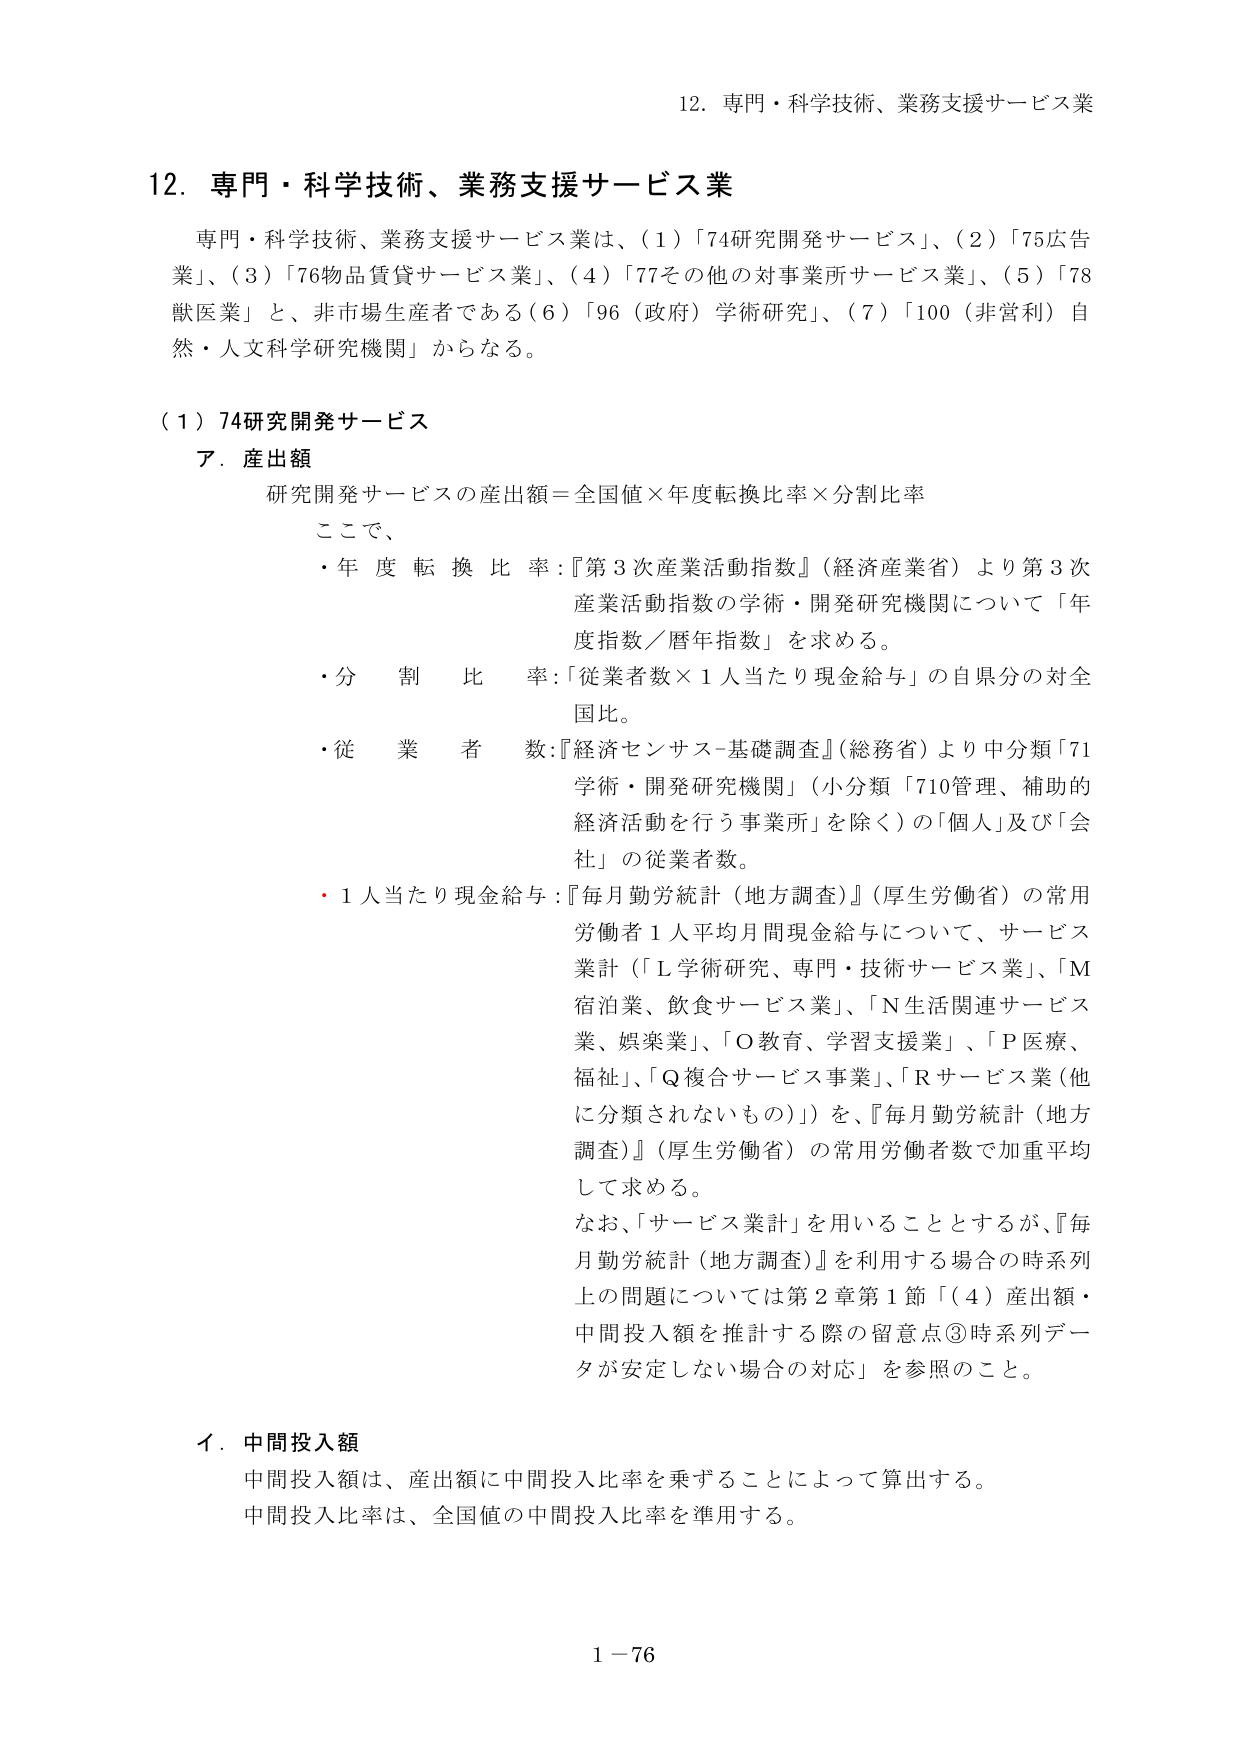
12. 専門・科学技術、業務支援サービス業

専門・科学技術、業務支援サービス業は、（1）「74研究開発サービス」、（2）「75広告業」、（3）「76物品賃貸サービス業」、（4）「77その他の対事業所サービス業」、（5）「78獣医業」と、非市場生産者である（6）「96（政府）学術研究」、（7）「100（非営利）自然・人文科学研究所機関」からなる。

（1）74研究開発サービス

ア．産出額

研究開発サービスの産出額＝全国値×年度転換比率×分割比率

ここで、

・年度転換比率：『第3次産業活動指数』（経済産業省）より第3次産業活動指数の学術・開発研究機関について「年度指数／暦年指数」を求める。

・分割比率：「従業者数×1人当たり現金給与」の自県分の対全国比。

・従業者数：『経済センサス-基礎調査』（総務省）より中分類「71学術・開発研究機関」（小分類「710管理、補助的経済活動を行う事業所」を除く）の「個人」及び「会社」の従業者数。

・1人当たり現金給与：『毎月勤労統計（地方調査）』（厚生労働省）の常用労働者1人平均月間現金給与について、サービス業計（「L学術研究、専門・技術サービス業」、「M宿泊業、飲食サービス業」、「N生活関連サービス業、娯楽業」、「O教育、学習支援業」、「P医療、福祉」、「Q複合サービス事業」、「Rサービス業（他に分類されないもの）」）を、『毎月勤労統計（地方調査）』（厚生労働省）の常用労働者数で加重平均して求める。

なお、「サービス業計」を用いることとするが、『毎月勤労統計（地方調査）』を利用する場合の時系列上の問題については第2章第1節「（4）産出額・中間投入額を推計する際の留意点③時系列データが安定しない場合の対応」を参照のこと。

イ．中間投入額

中間投入額は、産出額に中間投入比率を乗ずることによって算出する。

中間投入比率は、全国値の中間投入比率を準用する。

1－76